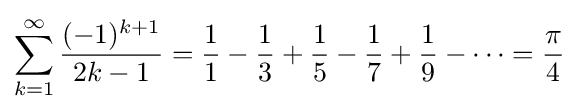
\sum _{k=1}^{\infty }{\frac {(-1)^{k+1}}{2k-1}}={\frac {1}{1}}-{\frac {1}{3}}+{\frac {1}{5}}-{\frac {1}{7}}+{\frac {1}{9}}-\cdots ={\frac {\pi }{4}}